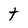
Character: t